Civil Veterinary Dept. North-West Frontier Province 1923-32 - 1923-1932
Year: 1923
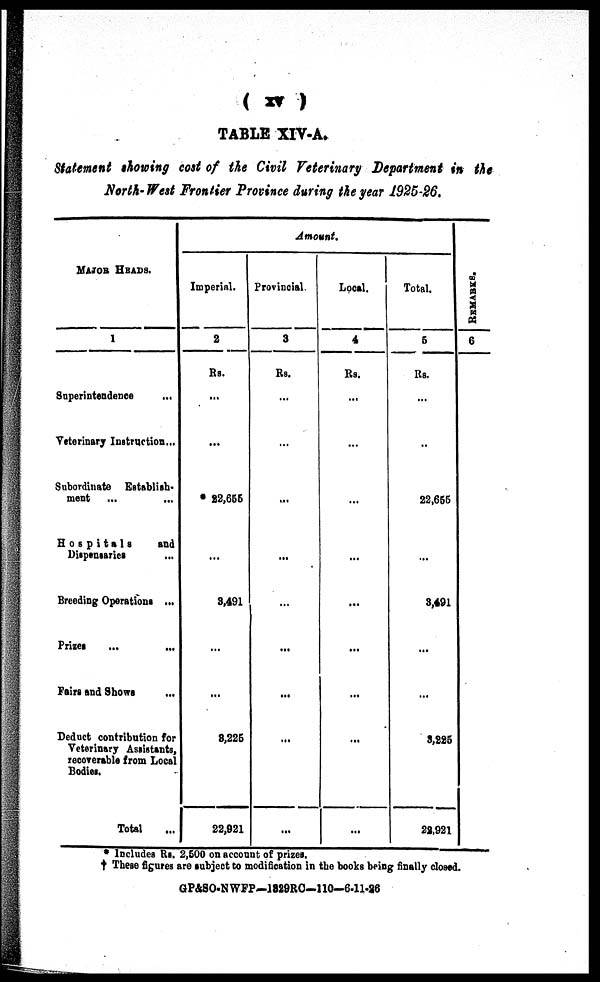
(xv)
TABLE XIV-A.
Statement showing cost of the Civil Veterinary Department in the
North- West Frontier Province during the year 1925-26.
MAJOR HEADS.
1
Superintendence
...
Veterinary Instruction...
Subordinate
Establish.
ment ... ...
Hospitals
and
Dispensaries
Breeding Operations ...
Prizes ... ...
Fairs and Shows ...
Deduct contribution for
Veterinary Assistants,
recoverable from Local
Bodies.
Total ...
Amount.
Imperial.
2
Rs.
...
...
22,666
...
3,491
...
...
8,226
22,921
Provincial.
3
Rs.
...
...
...
...
...
...
...
...
...
Local.
4
Rs.
...
...
...
...
...
...
...
...
...
Total.
5
Rs.
...
...
22,656
...
3,491
...
...
3,225
22,921
RE MARKS .
6
* Includes Rs. 2,500 on account of prizes.
† These figures are subject to modification in the books being finally closed.
GP&SO-NWFP—1829RC-110-6-11-26